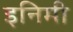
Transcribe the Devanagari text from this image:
इनिमी